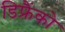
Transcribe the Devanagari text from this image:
डिफ्रैंको